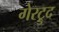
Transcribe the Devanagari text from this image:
गेरट्रुद